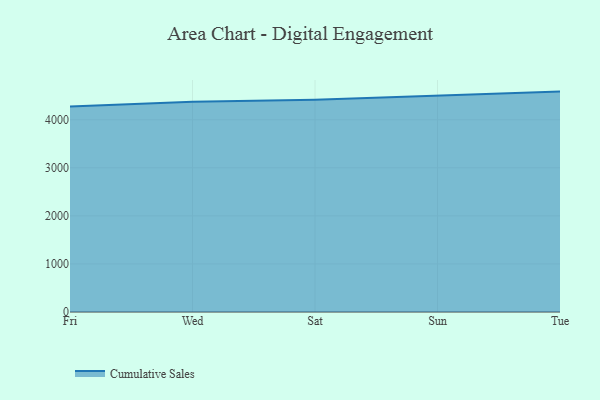
{"axis": {"x": "Day", "y": "Inventory Turnover"}, "legend": ["Cumulative Sales"], "data": [{"x": "Fri", "y": 4277.5, "type": "Cumulative Sales"}, {"x": "Wed", "y": 4374.4, "type": "Cumulative Sales"}, {"x": "Sat", "y": 4416.8, "type": "Cumulative Sales"}, {"x": "Sun", "y": 4496.8, "type": "Cumulative Sales"}, {"x": "Tue", "y": 4586.6, "type": "Cumulative Sales"}]}